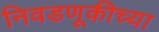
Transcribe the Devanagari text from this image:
निवडणूकीच्या